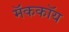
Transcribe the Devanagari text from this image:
मॅककॉय